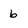
Character: 6